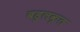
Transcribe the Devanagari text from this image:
बहुलकृत